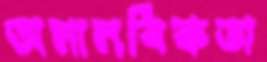
অমানবিকতা